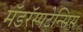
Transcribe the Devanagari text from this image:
मॅडरॅस्पटेन्सिस